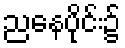
ညနေပိုင်း၌